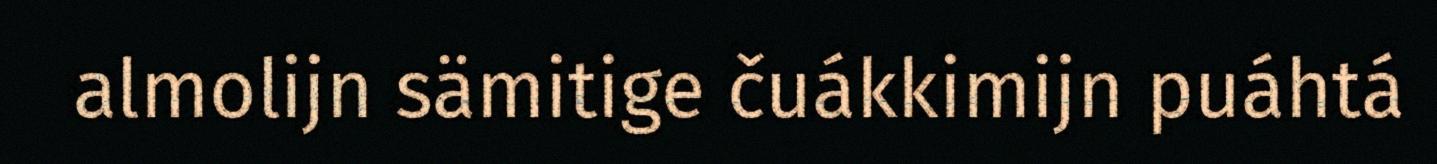
almolijn sämitige čuákkimijn puáhtá